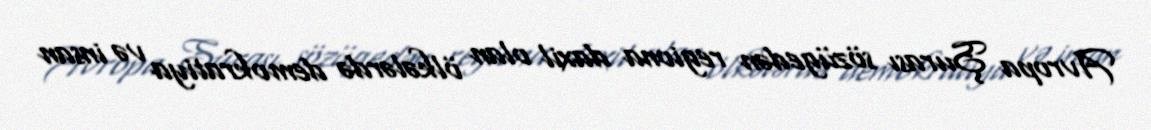
Avropa Şurası sözügedən regiona daxil olan ölkələrdə demokratiya və insan